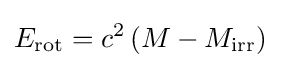
E_{\rm {rot}}=c^{2}\left(M-M_{\rm {irr}}\right)